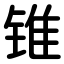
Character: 锥